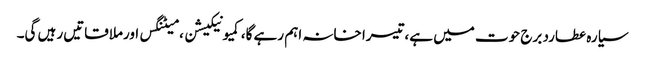
سیارہ عطارد برج حوت میں ہے،تیسرا خانہ اہم رہے گا،کمیونیکیشن ، میٹنگس اورملاقاتیں رہیں گی۔